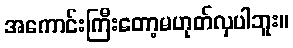
အကောင်းကြီးတော့မဟုတ်လှပါဘူး။